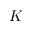
K